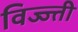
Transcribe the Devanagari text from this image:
विज्ज्ती